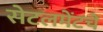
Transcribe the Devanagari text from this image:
सेटलमेंटचे